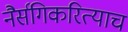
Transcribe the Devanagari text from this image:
नैर्सगिकरित्याच